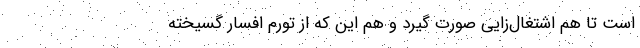
است تا هم اشتغال‌زایی صورت گیرد و هم این که از تورم افسار گسیخته